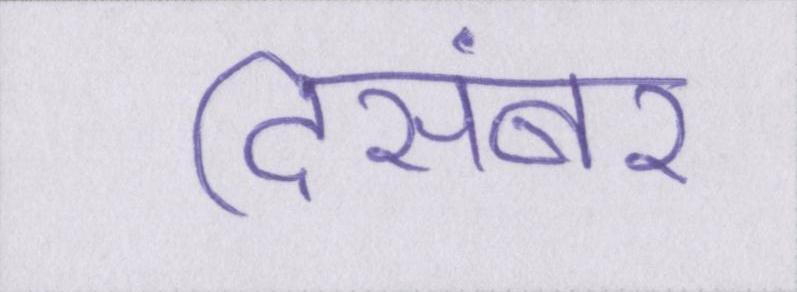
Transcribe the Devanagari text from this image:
दिसंबर